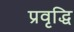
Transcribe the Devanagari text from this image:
प्रवृद्धि